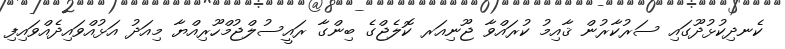
ކެނދިކުޅުދޫގައި ސަރުކާރުން ޤާއިމު ކުރައްވާ ޖޫނިއަރ ކޮލެޖްގެ ބިންގާ ރައީސުލްޖުމްހޫރިއްޔާ މިއަދު އަޅުއްވައިދެއްވައިފި